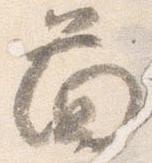
図